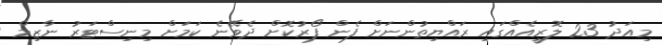
މިއަދު 23 ލޮރީއެއްގައި ރައްޔިތުންނަށް ފެން ފޯރުކޮށް ދެވޭނެ ކަމަށް މިނިސްޓަރު ނާޒިމް